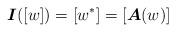
LaTeX: \begin{align*}\boldsymbol{I}([w])=[w^*]=[\boldsymbol{A}(w)]\end{align*}